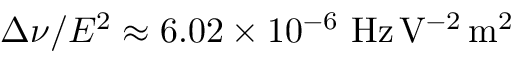
\Delta \nu / E ^ { 2 } \approx 6 . 0 2 \times 1 0 ^ { - 6 } \ \mathrm { H z \, V ^ { - 2 } \, m ^ { 2 } }